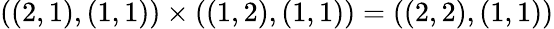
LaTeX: ((2,1),(1,1))\times((1,2),(1,1))=((2,2),(1,1))